画像に写った文字を読んでください
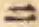
「ニ」と書いてあります